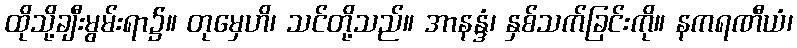
ထိုသို့ချီးမွမ်းရာ၌။ တုမှေဟိ၊ သင်တို့သည်။ အာနန္ဒံ၊ နှစ်သက်ခြင်းကို။ နကရဏီယံ၊